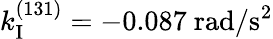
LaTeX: k_{\mathrm{I}}^{(131)}=-0.087~\mathrm{rad/s^{2}}